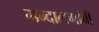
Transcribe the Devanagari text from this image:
मन्दालगोवी